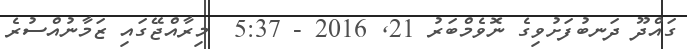
ގައްދޫ ދަނބުފަށުވިގެ ނޮވެމްބަރު 21